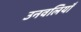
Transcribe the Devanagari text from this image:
उनवलियाँ